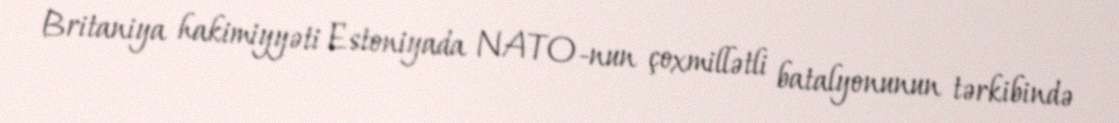
Britaniya hakimiyyəti Estoniyada NATO-nun çoxmillətli batalyonunun tərkibində